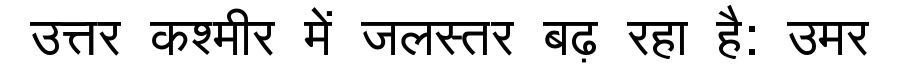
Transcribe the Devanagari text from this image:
उत्तर कश्मीर में जलस्तर बढ़ रहा है: उमर